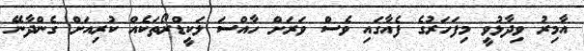
އާމިރު ވިދާޅުވީ މިފަހަރުގެ ފެއާގައި ވެސް ވަރަށް ހާއްސަ ލަކީޑްރޯތަކެއް ކުރިއަށް ގެންދާނޭ